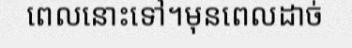
ពេលនោះទៅ។មុនពេលដាច់